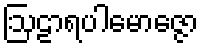
ဩဠာရပါမောဇ္ဇော